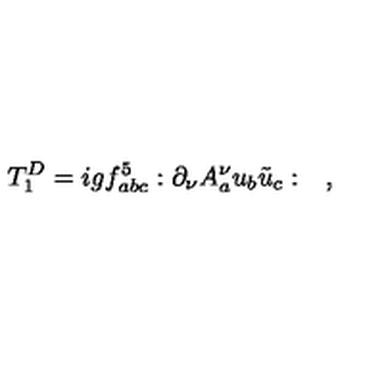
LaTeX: T _ { 1 } ^ { D } = i g f _ { a b c } ^ { 5 } : \partial _ { \nu } A _ { a } ^ { \nu } u _ { b } \tilde { u } _ { c } : \quad ,